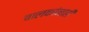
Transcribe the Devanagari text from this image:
बालकांनाही